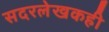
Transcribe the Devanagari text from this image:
सदरलेखकही